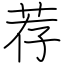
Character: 荐